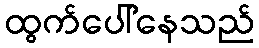
ထွက်ပေါ်နေသည်